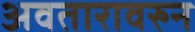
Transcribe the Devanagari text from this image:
अवतारावरुन